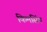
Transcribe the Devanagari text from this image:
किमसिंग